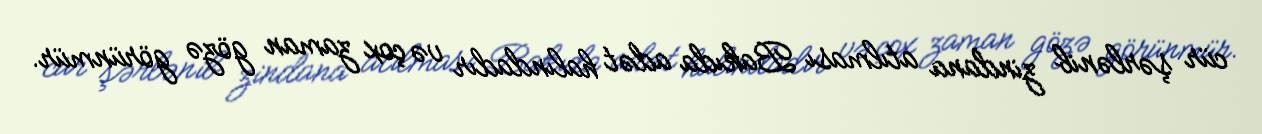
cür şərlənib zindana atılması Bakıda adət halındadır və çox zaman gözə görünmür.